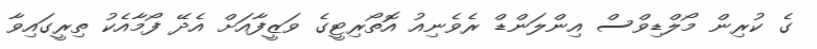
ގެ ކުރިން މޯލްޑިވްސް އިންލަންޑް ރެވެނިއު އޮތޯރިޓީގެ ވަޒީފާއަށް އެދޭ ފޯމާއެކު ތިރީގައިވާ